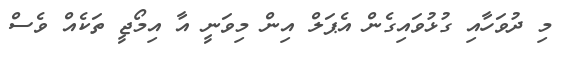
މި ދުވަހާއި ގުޅުވައިގެން އެޕަލް އިން މިވަނީ އާ އިމޯޖީ ތަކެއް ވެސް